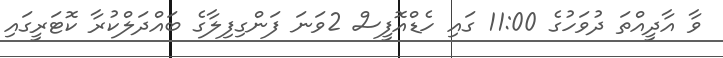
ވާ އާދީއްތަ ދުވަހުގެ 11:00 ގައި ހެޑްއޮފީސް 2ވަނަ ފަންގިފިލާގެ ބައްދަލްކުރާ ކޮޓަރީގައި